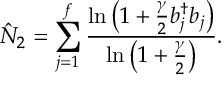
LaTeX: \hat { N } _ { 2 } = \sum _ { j = 1 } \sp f { \frac { \ln \left( 1 + { \frac { \gamma } { 2 } } b _ { j } \sp { \dagger } b _ { j } \right) } { \ln \left( 1 + { \frac { \gamma } { 2 } } \right) } } .